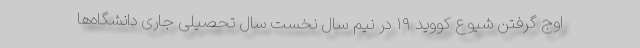
اوج گرفتن شیوع کووید ۱۹ در نیم سال نخست سال تحصیلی جاری دانشگاه‌ها